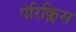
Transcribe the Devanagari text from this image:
पेरिक्लिस